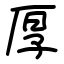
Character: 厚